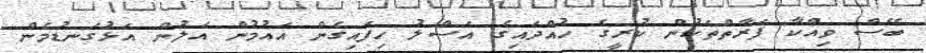
ބޭސް ވިއްކާ ފަރާތްތަކުން ކުރީގެ ހުއްދައިގެ އަސްލު ހިފައިގެން އައުމުން އަލުން އަޅުގަނޑުމެން